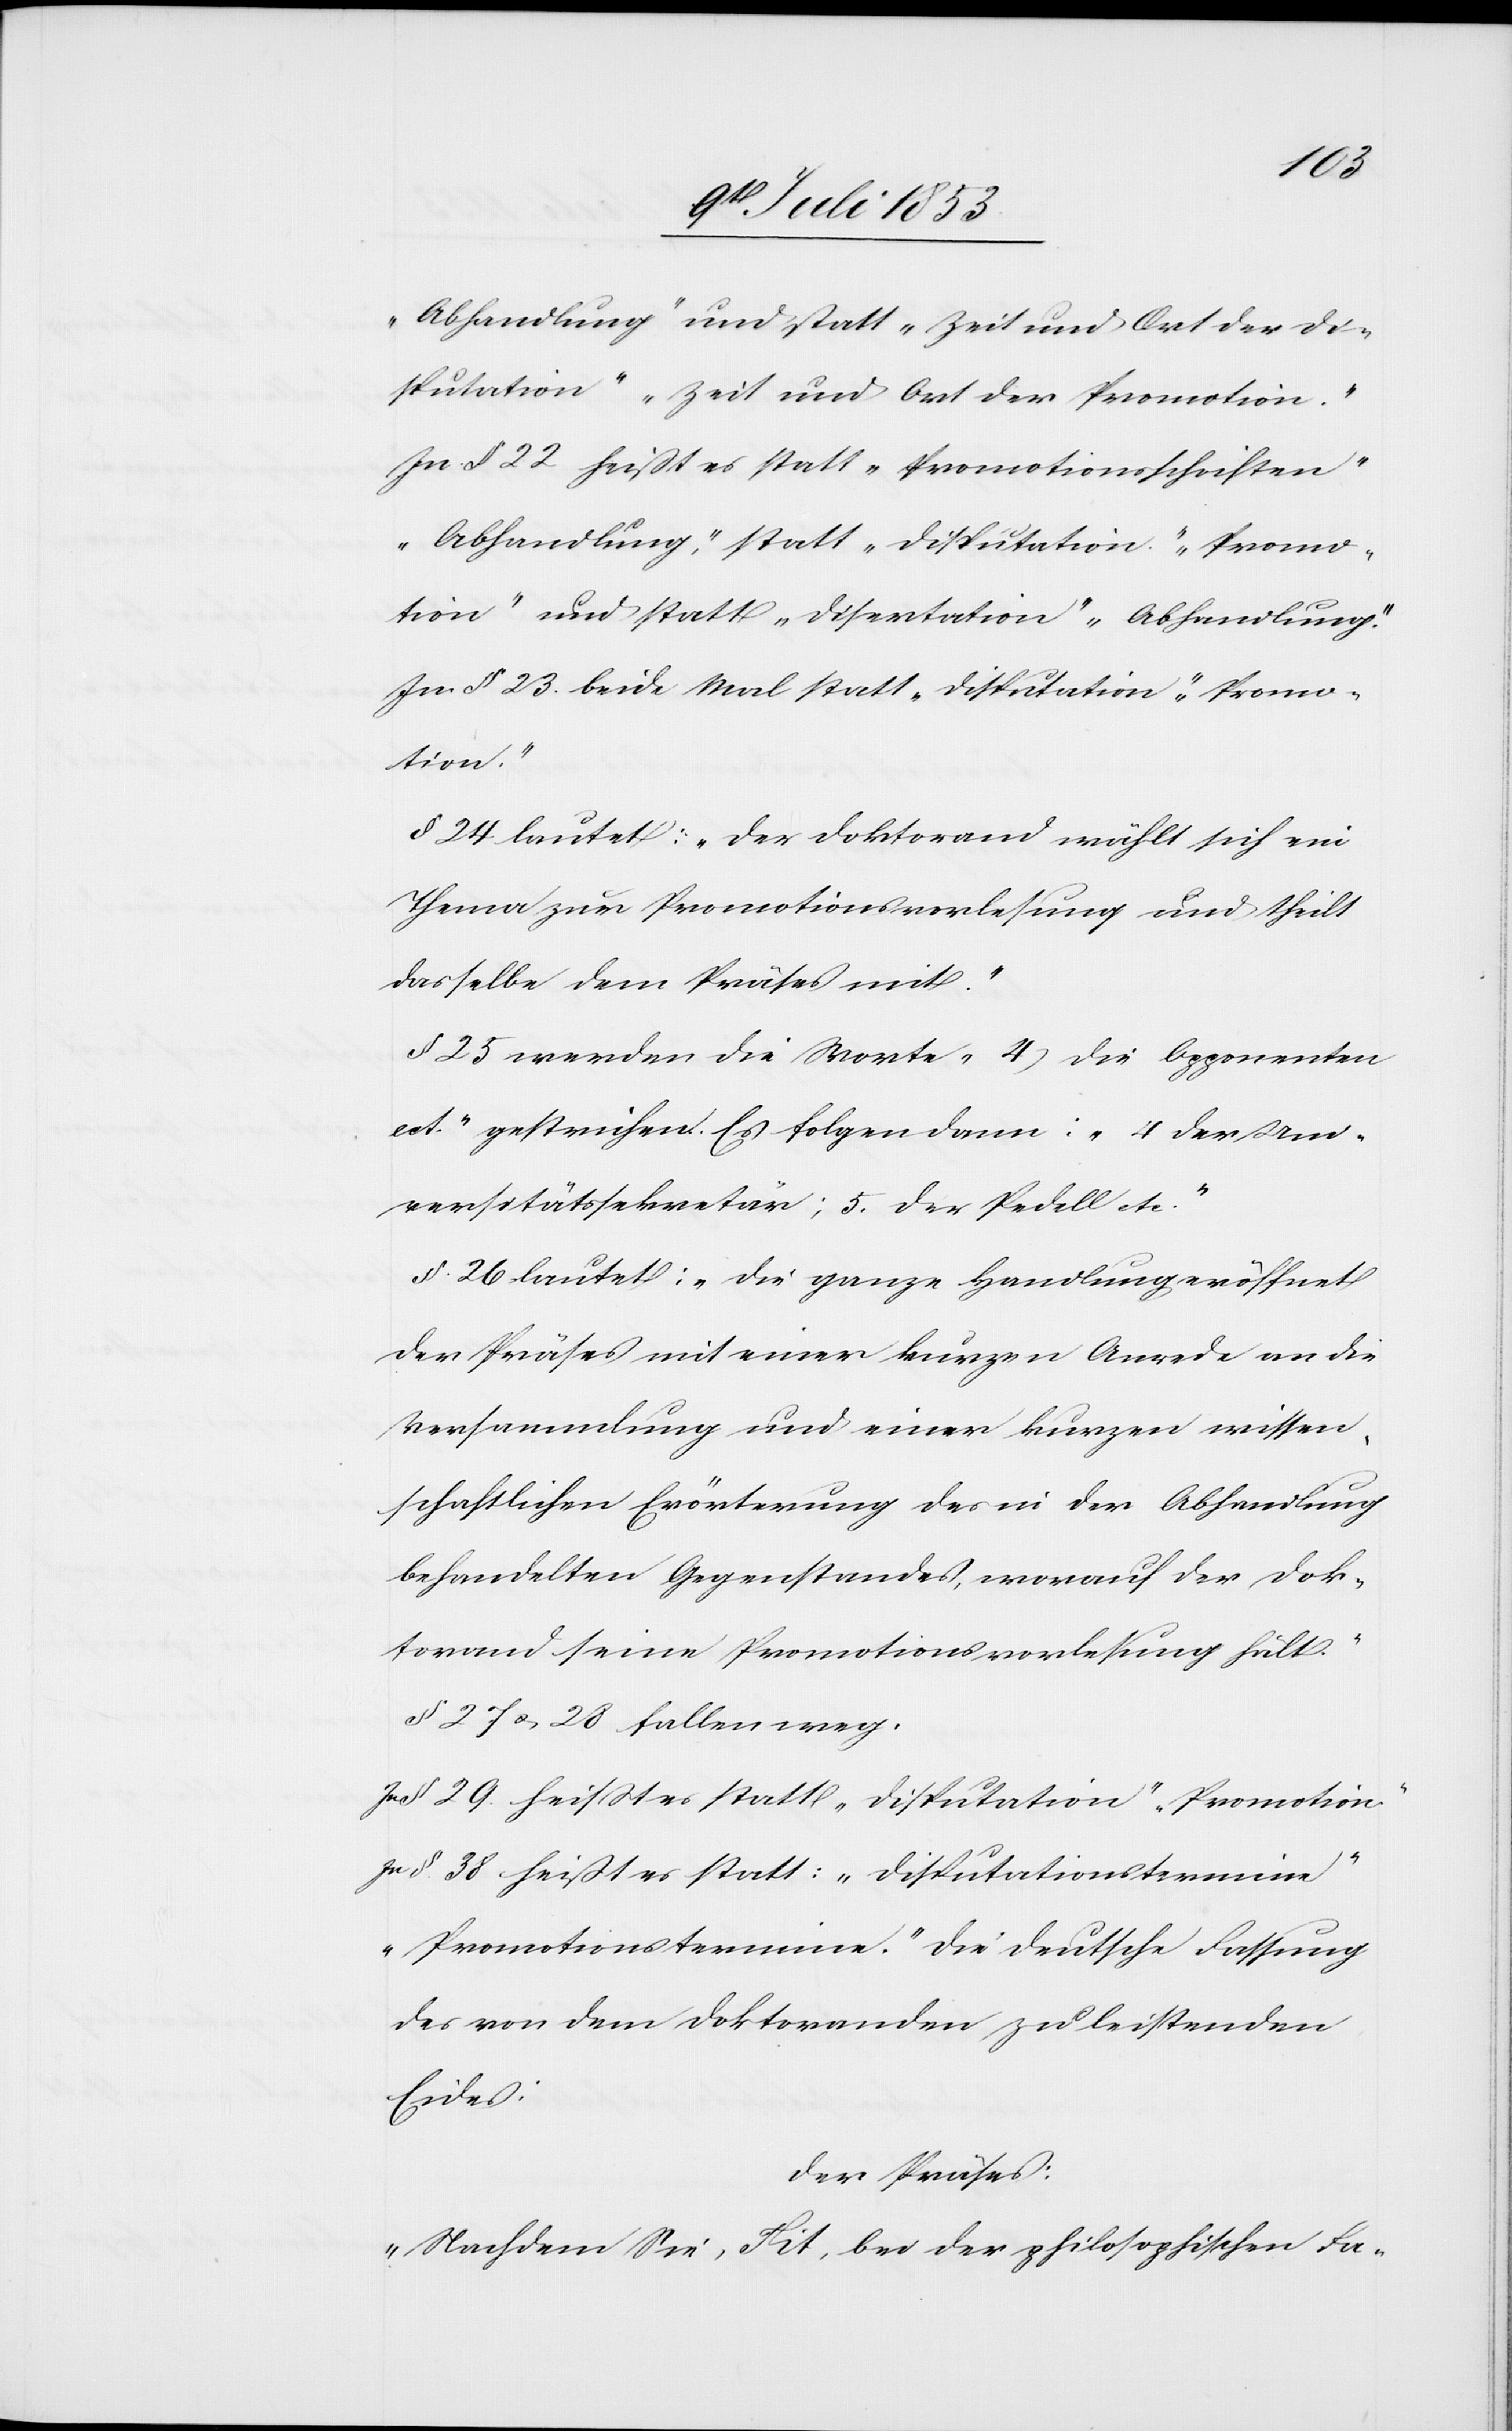
„Abhandlung“ und statt „Zeit und Ort der Di¬
sputation“ „Zeit und Ort der Promotion.“
In § 22 heißt es statt „Promotionsschriften“
„Abhandlung“, statt „Disputation“ „Promo¬
tion“ und statt „Disertation“ „Abhandlung.“
In § 23 beide Mal statt „Disputation“ „Promo¬
tion.“
§ 24 lautet: „Der Doktorand wählt sich ein
Thema zur Promotionsvorlesung und theilt
dasselbe dem Präses mit.“
§ 25 werden die Worte „4) Die Opponenten
ect.“ gestrichen. Es folgen dann: „4 der Uni¬
versitätssekretär; 5. der Pedell etc.“
§ 26 lautet: „Die ganze Handlung eröffnet
der Präses mit einer kurzen Anrede an die
Versammlung und einer kurzen wissen¬
schaftlichen Erörterung des in der Abhandlung
behandelten Gegenstandes, worauf der Dok¬
torand seine Promotionsverlesung hält“
§ 27 u. 28 fallen weg.
In § 29 heißt es statt „Disputation“ „Promotion“
In § 38 heißt es statt: „Disputationstermine“
„Promotionstermine.“ Die deutsche Fassung
des von dem Doktoranden zu leistenden
Eides:
Der Präses:
„Nachdem Sie, Tit, bei der philosophischen Fa-